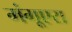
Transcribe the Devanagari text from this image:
मंगूएरा